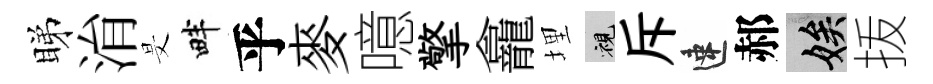
睇㳙旻畔乎麥噫擎龕埋視斥速郝娭㧞